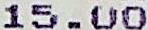
15.00